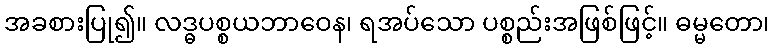
အခစားပြု၍။ လဒ္ဓပစ္စယဘာဝေန၊ ရအပ်သော ပစ္စည်းအဖြစ်ဖြင့်။ ဓမ္မတော၊